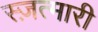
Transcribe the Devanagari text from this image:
स्ज़त्मारी